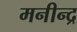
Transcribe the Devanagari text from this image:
मनीन्द्र